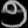
Digit: ၅